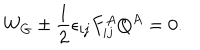
LaTeX: W _ { G } \pm \frac { 1 } { 2 } \epsilon _ { i j } F _ { i j } ^ { A } Q ^ { A } = 0 .